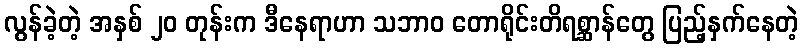
လွန်ခဲ့တဲ့ အနှစ် ၂၀ တုန်းက ဒီနေရာဟာ သဘာဝ တောရိုင်းတိရစ္ဆာန်တွေ ပြည့်နှက်နေတဲ့